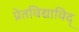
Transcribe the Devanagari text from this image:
प्रेतविद्याविद्